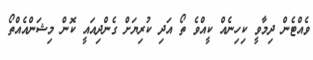
ވެއްޓެން ދިމާވީ ކިހިނެއް ކީއްވެ ތޯ އަދި ކުރިޔަށް ގެންދިއައީ ކޮން މިޝަންއެއްތޯ